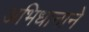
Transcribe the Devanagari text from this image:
अभिधानाने